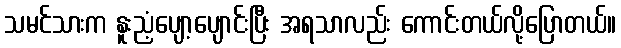
သမင်သားက နူးညံ့ပျော့ပျောင်းပြီး အရသာလည်း ကောင်းတယ်လို့ပြောတယ်။